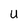
Character: U